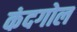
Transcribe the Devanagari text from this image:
कंदगोल